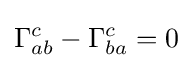
\Gamma _{ab}^{c}-\Gamma _{ba}^{c}=0